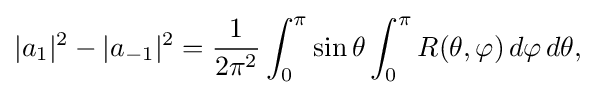
\displaystyle {|a_{1}|^{2}-|a_{-1}|^{2}={1 \over 2\pi ^{2}}\int _{0}^{\pi }\sin \theta \int _{0}^{\pi }R(\theta ,\varphi )\,d\varphi \,d\theta ,}